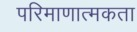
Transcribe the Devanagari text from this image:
परिमाणात्मकता